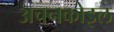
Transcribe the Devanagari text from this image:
अचनकोइल